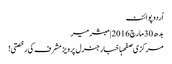
اُردو پوائنٹ
بدھ 30 مارچ 2016 | مبشر میر
مرکزی صفحہاخبارجنرل پرویز مشرف کی رخصتی!